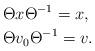
LaTeX: \begin{align*}& \Theta x\Theta^{-1}=x, \\& \Theta v_{0} \Theta^{-1}=v.\end{align*}